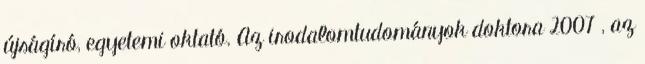
újságíró, egyetemi oktató. Az irodalomtudományok doktora 2007 , az